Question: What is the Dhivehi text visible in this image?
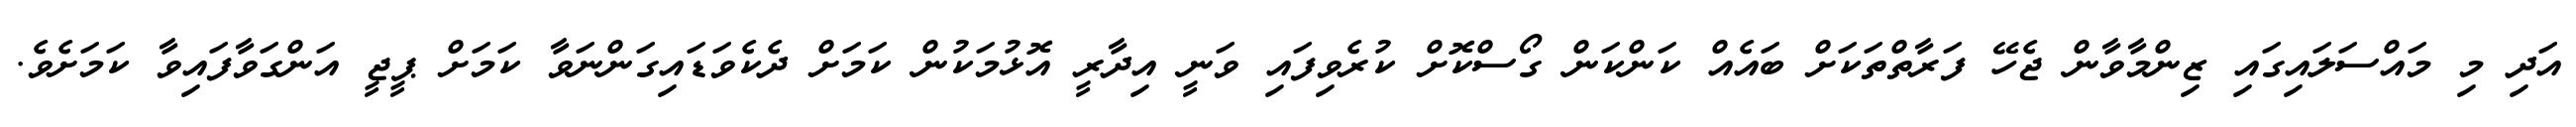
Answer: އަދި މި މައްސަލައިގައި ޒިންމާވާން ޖެހޭ ފަރާތްތަކަށް ބައެއް ކަންކަން ގޯސްކޮށް ކުރެވިފައި ވަނީ އިދާރީ އޮޅުމަކުން ކަމަށް ދެކެވަޑައިގަންނަވާ ކަމަށް ޕީޖީ އަންގަވާފައިވާ ކަމަށެވެ.